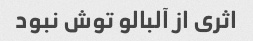
اثری از آلبالو توش نبود